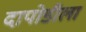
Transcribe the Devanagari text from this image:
दापोडीला